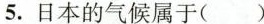
5.日本的气候属于( )